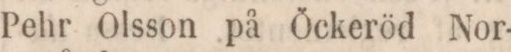
Pehr Olsson på Öckeröd Nor-